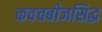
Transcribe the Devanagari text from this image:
कवचबीजसिद्ध